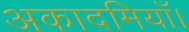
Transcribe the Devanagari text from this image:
अकादमियाँ।